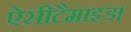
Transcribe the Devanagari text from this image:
ऐसीटैमाइड।